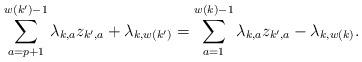
LaTeX: \begin{align*}\sum_{a=p+1}^{w(k^\prime)-1} \lambda_{k,a} z_{k^\prime,a} + \lambda_{k,w(k^\prime)} = \sum_{a=1}^{w(k)-1} \lambda_{k,a} z_{k^\prime,a}- \lambda_{k,w(k)}.\end{align*}